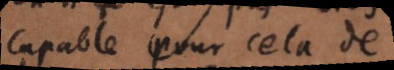
capables pour cela de